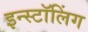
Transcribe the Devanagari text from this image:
इन्स्टॉलिंग